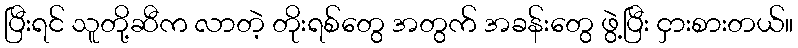
ပြီးရင် သူတို့ဆီက လာတဲ့ တိုးရစ်တွေ အတွက် အခန်းတွေ ဖွဲ့ပြီး ငှားစားတယ်။